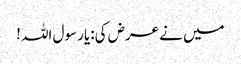
میں نے عرض کی:یا رسول اللہ !